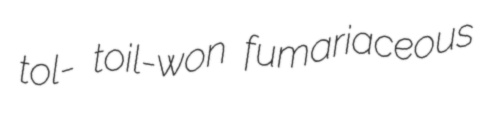
tol- toil-won fumariaceous